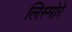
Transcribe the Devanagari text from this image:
लिस्मोरे